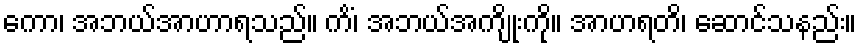
ကော၊ အဘယ်အာဟာရသည်။ ကိံ၊ အဘယ်အကျိုးကို။ အာဟရတိ၊ ဆောင်သနည်း။